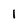
Character: l